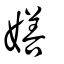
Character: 嫸